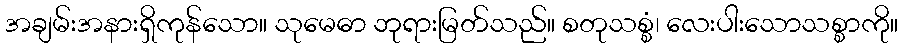
အချမ်းအနားရှိကုန်သော။ သုမေဓာ ဘုရားမြတ်သည်။ စတုသစ္စံ၊ လေးပါးသောသစ္စာကို။